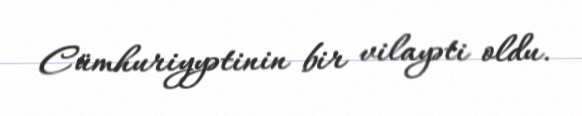
Cümhuriyyətinin bir vilayəti oldu.